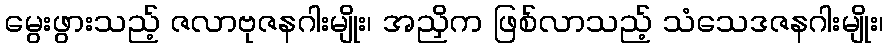
မွေးဖွားသည့် ဇလာဗုဇနဂါးမျိုး၊ အညှိက ဖြစ်လာသည့် သံသေဒဇနဂါးမျိုး၊